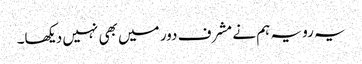
یہ رویہ ہم نے مشرف دور میں بھی نہیں دیکھا۔